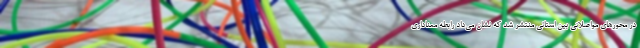
در محورهای مواصلاتی بین استانی منتشر شد که نشان می‌داد رابطه معناداری